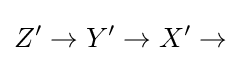
Z'\to Y'\to X'\to